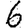
Digit: 6